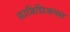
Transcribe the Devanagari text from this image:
फ़ाब्रिशिअयस